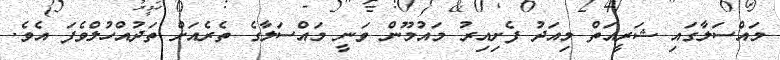
މައްސަލާގައި ޝަރީއަތް މިއަދު ފެށިއިރު މައުމޫން ވަނީ މައްސަލާގެ ތެރެއަށް ތަދުއްހުލްވެފަ އެވެ.